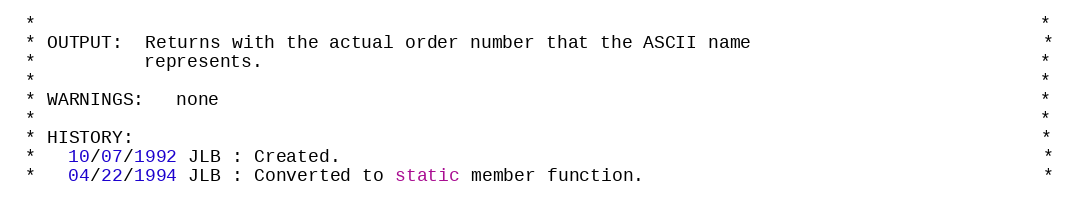
Language: C++
 *                                                                                             *
 * OUTPUT:  Returns with the actual order number that the ASCII name                           *
 *          represents.                                                                        *
 *                                                                                             *
 * WARNINGS:   none                                                                            *
 *                                                                                             *
 * HISTORY:                                                                                    *
 *   10/07/1992 JLB : Created.                                                                 *
 *   04/22/1994 JLB : Converted to static member function.                                     *